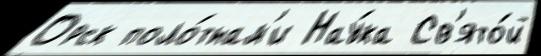
Орск поло́тнам'и Нау́ка Св'ято́й